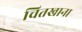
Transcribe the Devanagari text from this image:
चितखाना